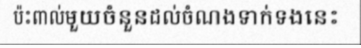
ប៉ះពាល់មួយចំនួនដល់ចំណងទាក់ទងនេះ